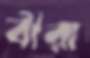
বীরা